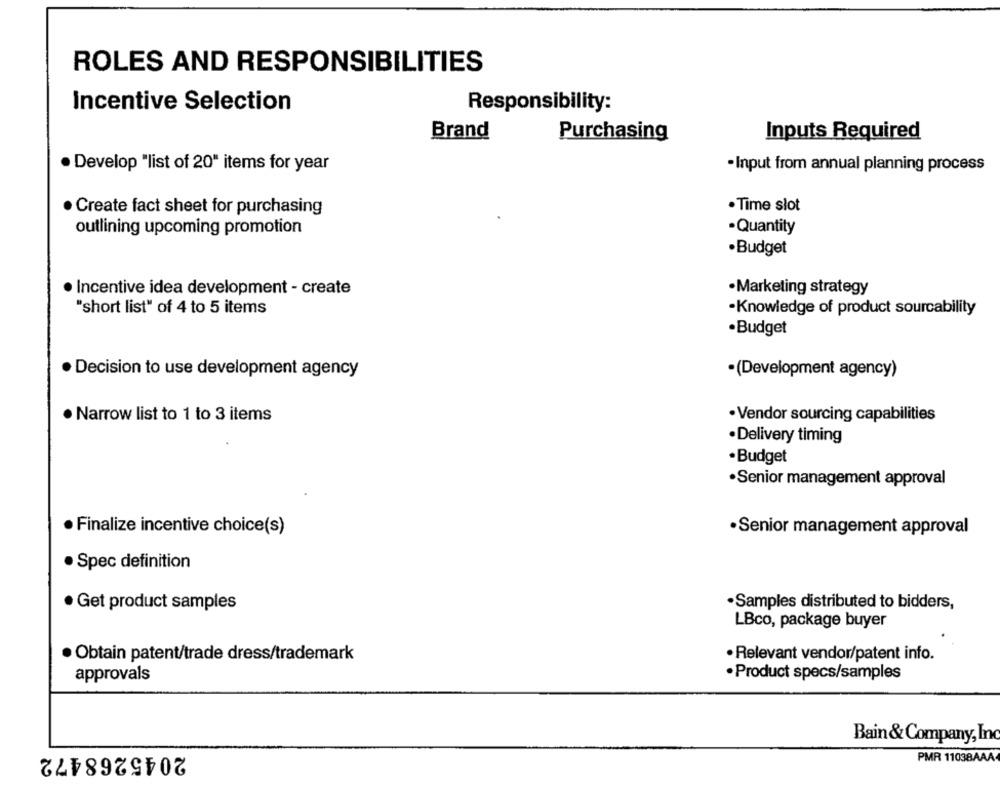
ROLES AND RESPONSIBILITIES
Incentive Selection
Responsibility:
Brand
Purchasing
Inputs Required
· Develop "list of 20" items for year
-Input from annual planning process
· Create fact sheet for purchasing
· Time slot
·Quantity
outlining upcoming promotion
·Budget
· Incentive idea development - create
·Marketing strategy
"short list" of 4 to 5 items
·Knowledge of product sourcability
·Budget
· Decision to use development agency
·(Development agency)
· Vendor sourcing capabilities
· Narrow list to 1 to 3 items
·Delivery timing
·Budget
Senior management approval
· Finalize incentive choice(s)
·Senior management approval
Spec definition
·Samples distributed to bidders,
· Get product samples
LBco, package buyer
· Obtain patent/trade dress/trademark
· Relevant vendor/patent info.
· Product specs/samples
approvals
Bain & Company, Inc
2045268472
PMR 11038AAA